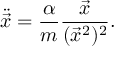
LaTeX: \ddot { \vec { x } } = \frac { \alpha } { m } \frac { \vec { x } } { ( \vec { x } ^ { 2 } ) ^ { 2 } } .